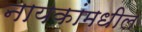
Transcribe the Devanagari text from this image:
नायकांमधील